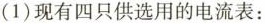
(1)现有四只供选用的电流表：